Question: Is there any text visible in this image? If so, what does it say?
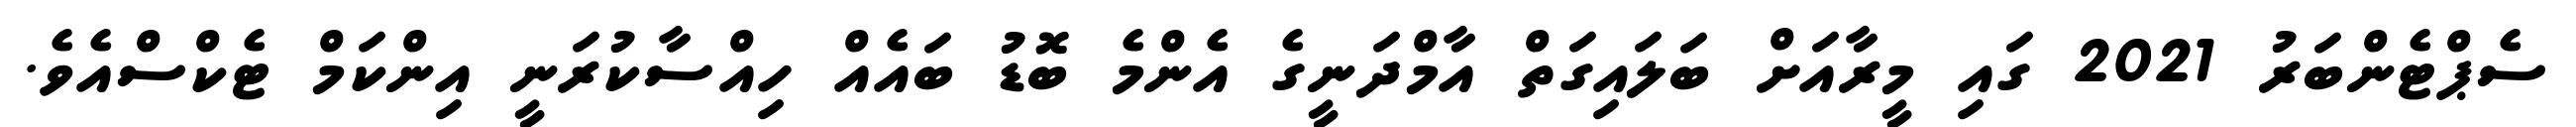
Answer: ސެޕްޓެންބަރު 2021 ގައި މީރާއަށް ބަލައިގަތް އާމްދަނީގެ އެންމެ ބޮޑު ބައެއް ހިއްސާކުރަނީ އިންކަމް ޓެކްސްއެވެ.